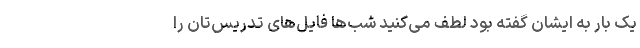
یک بار به ایشان گفته بود لطف می‌کنید شب‌ها فایل‌های تدریس‌تان را